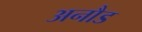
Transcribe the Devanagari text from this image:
अनौड